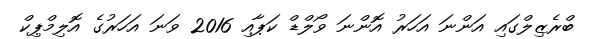
ބްރެޒިލްގައި އަންނަ އަހަރު އޮންނަ ވޯލްޑް ކަޕާއި 2016 ވަނަ އަހަރުގެ އޮލިމްޕިކް